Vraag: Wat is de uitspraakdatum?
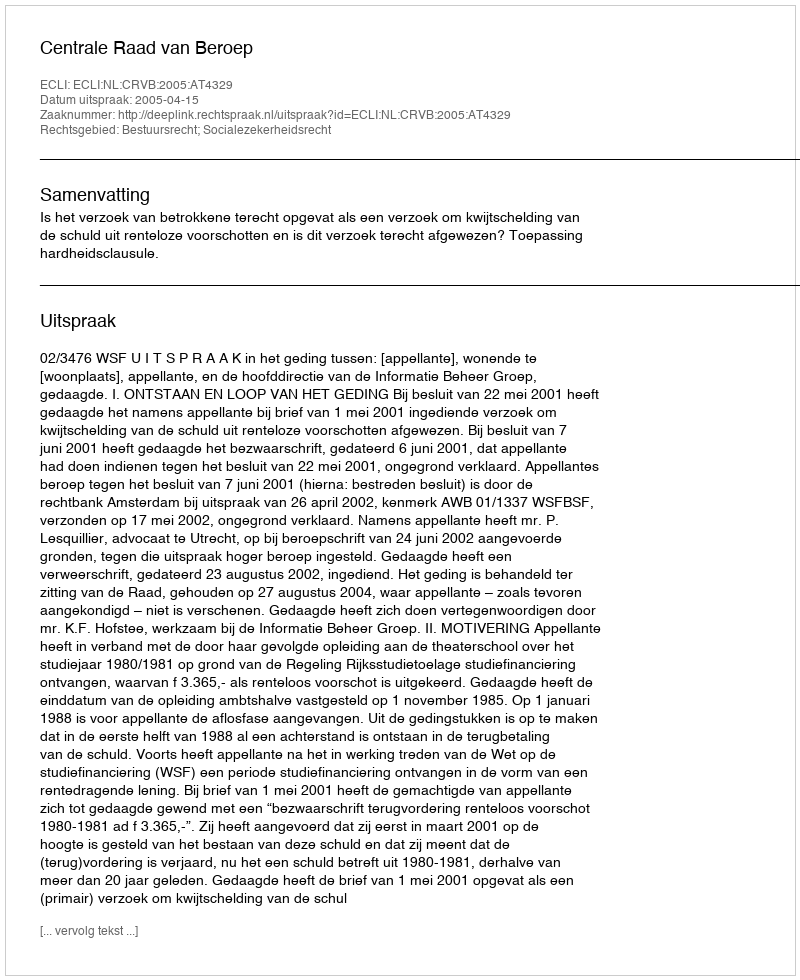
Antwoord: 2005-04-15